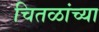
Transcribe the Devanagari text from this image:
चितळांच्या